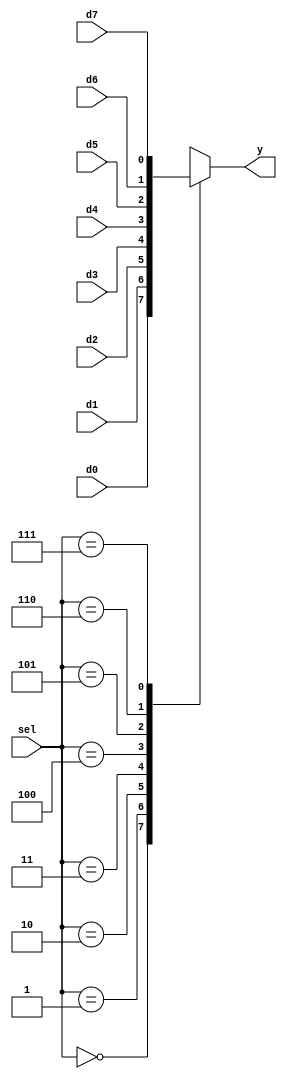
module eight_one_mux(d0,d1,d2,d3,d4,d5,d6,d7,sel,y);

input d0,d1,d2,d3,d4,d5,d6,d7;
input [2:0] sel;
output reg y;

always@(*)
	begin
	case(sel)
		
			3'b000: y = d0;
			3'b001: y = d1;
			3'b010: y = d2;
			3'b011 :y = d3;
			3'b100 :y = d4;
			3'b101 :y = d5;
			3'b110 :y = d6;
			3'b111 :y = d7;
		endcase
	end
endmodule